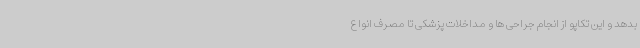
بدهد و این تکاپو از انجام جراحی ها و مداخلات پزشکی تا مصرف انواع